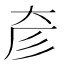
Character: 𢒊